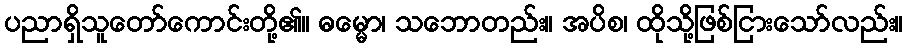
ပညာရှိသူတော်ကောင်းတို့၏။ ဓမ္မော၊ သဘောတည်း။ အပိစ၊ ထိုသို့ဖြစ်ငြားသော်လည်း။